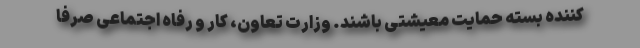
کننده بسته حمایت معیشتی باشند. وزارت تعاون، کار و رفاه اجتماعی صرفاً